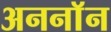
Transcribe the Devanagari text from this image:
अननाॅन